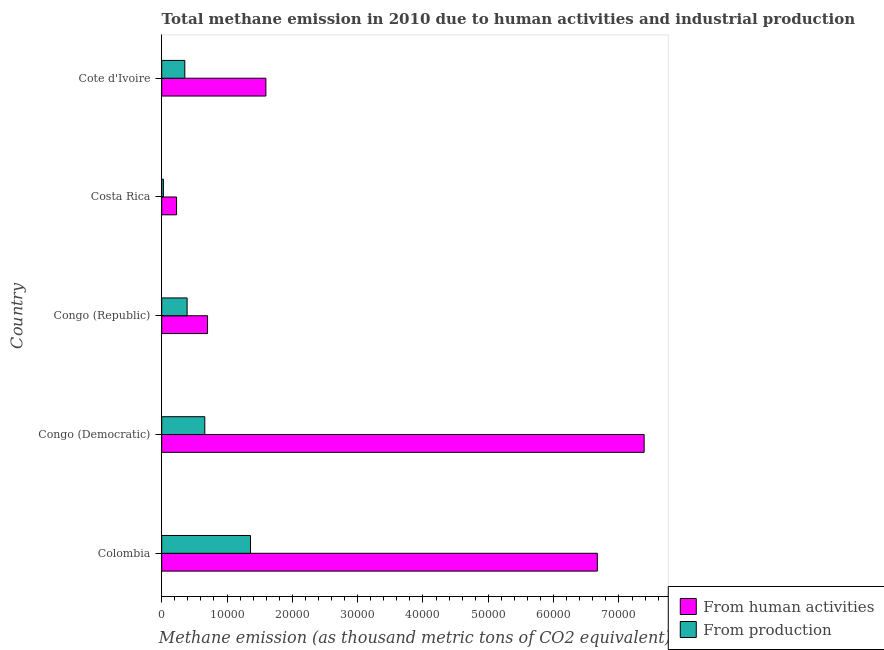
| Country | From human activities | From production |
 | --- | --- | --- |
 | Colombia | 6.67e+04 | 1.36e+04 |
 | Congo (Democratic) | 7.39e+04 | 6.6e+03 |
 | Congo (Republic) | 7.02e+03 | 3.89e+03 |
 | Costa Rica | 2.27e+03 | 259 |
 | Cote d'Ivoire | 1.59e+04 | 3.54e+03 |